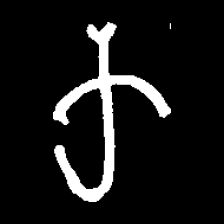
Pyu character \u2014 Myanmar letter: က (romanized: ka)